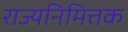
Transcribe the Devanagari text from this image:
राज्यनिमित्तक